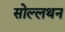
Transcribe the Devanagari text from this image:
सोल्लथन